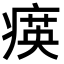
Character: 𤸡